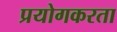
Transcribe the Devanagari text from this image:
प्रयोगकरता